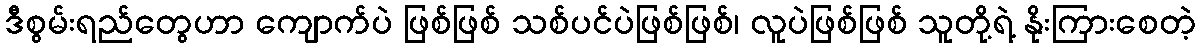
ဒီစွမ်းရည်တွေဟာ ကျောက်ပဲ ဖြစ်ဖြစ် သစ်ပင်ပဲဖြစ်ဖြစ်၊ လူပဲဖြစ်ဖြစ် သူတို့ရဲ့ နိုးကြားစေတဲ့